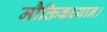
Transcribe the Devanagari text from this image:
मौक्तिकध्यान।